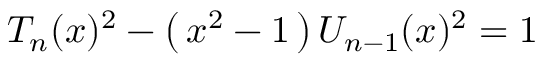
T _ { n } ( x ) ^ { 2 } - \left( \, x ^ { 2 } - 1 \, \right) U _ { n - 1 } ( x ) ^ { 2 } = 1